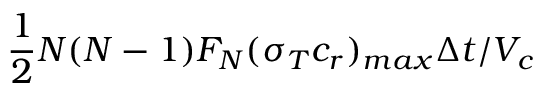
\frac { 1 } { 2 } N ( N - 1 ) F _ { N } ( \sigma _ { T } c _ { r } ) _ { m a x } \Delta t / V _ { c }